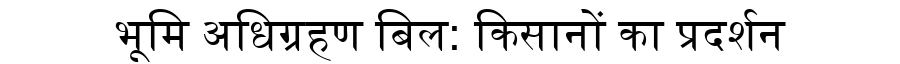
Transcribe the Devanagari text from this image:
भूमि अधिग्रहण बिल: किसानों का प्रदर्शन